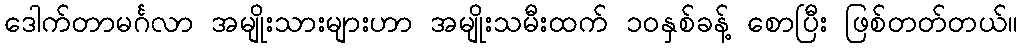
ဒေါက်တာမင်္ဂလာ အမျိုးသားများဟာ အမျိုးသမီးထက် ၁၀နှစ်ခန့် စောပြီး ဖြစ်တတ်တယ်။